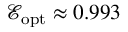
\mathcal E _ { \mathrm { o p t } } \approx 0 . 9 9 3